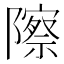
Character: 𬯠